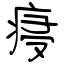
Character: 㾛